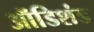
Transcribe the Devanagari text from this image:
ऑडिशंड